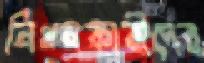
নিধনকারীদের